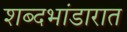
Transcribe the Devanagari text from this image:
शब्दभांडारात